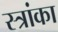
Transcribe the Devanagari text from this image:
स्त्रांका